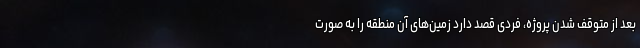
بعد از متوقف شدن پروژه، فردی قصد دارد زمین‌های آن منطقه را به صورت